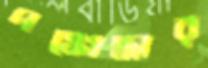
পঙ্কোদ্ধার